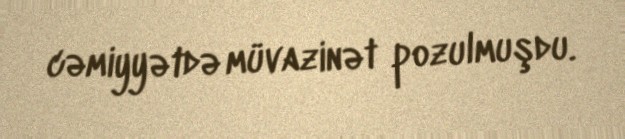
cəmiyyətdə müvazinət pozulmuşdu.